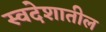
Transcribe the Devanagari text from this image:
स्वदेशातील